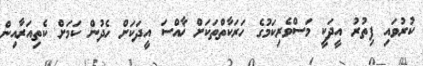
ކުރުވައި ފިތުރު އީދަކީ މަސްވެރިކަމުގެ ހަރަކާތްތަކަށް ޚާއްސަ އީދަކަށް ހެދުން ކަމަށް ކެތިއަރާއިން